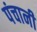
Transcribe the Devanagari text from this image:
पंचानी